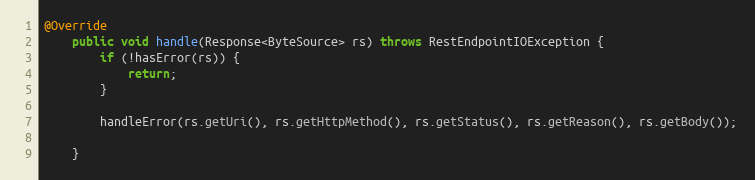
Language: Java
@Override
    public void handle(Response<ByteSource> rs) throws RestEndpointIOException {
        if (!hasError(rs)) {
            return;
        }

        handleError(rs.getUri(), rs.getHttpMethod(), rs.getStatus(), rs.getReason(), rs.getBody());

    }